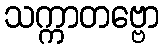
သက္ကာတဗ္ဗော